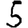
Digit: 5